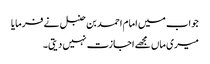
جواب میں امام احمد بن حنبل نے فرمایا
میری ماں مجھے اجازت نہیں دیتی۔